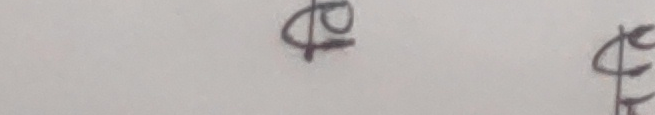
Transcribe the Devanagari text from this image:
डी